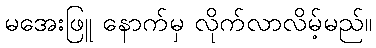
မအေးဖြူ နောက်မှ လိုက်လာလိမ့်မည်။